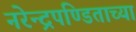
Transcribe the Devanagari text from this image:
नरेन्द्रपण्डिताच्या